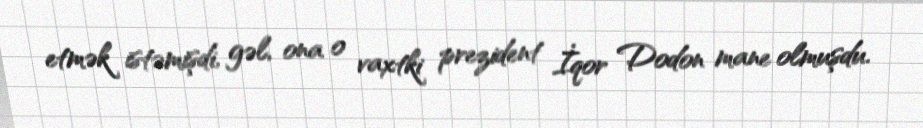
etmək istəmişdi, gəl, ona o vaxtki prezident İqor Dodon mane olmuşdu.